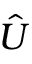
\hat { U }